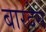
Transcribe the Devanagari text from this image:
बारदेस